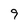
Character: 9